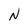
Character: N